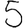
Digit: 5